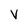
Character: V